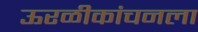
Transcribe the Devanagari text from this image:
ऊरळीकांचनला